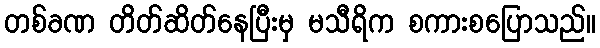
တစ်ခဏ တိတ်ဆိတ်နေပြီးမှ မသီရိက စကားစပြောသည်။